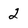
Character: 2